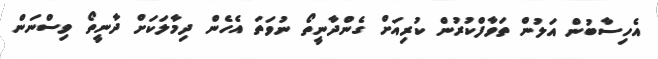
އެހިސާބުން އަލުން ތަވާފްކުރުން ކުރިއަށް ގެންދާނީތޯ ނުވަތަ އެހެން ދިމާލަކަށް ދާނީތޯ ވިސްނަން